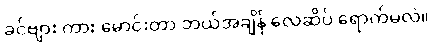
ခင်ဗျား ကား မောင်းတာ ဘယ်အချိန် လေဆိပ် ရောက်မလဲ။